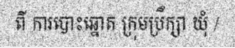
ពី ការបោះឆ្នោត ក្រុមប្រឹក្សា ឃុំ /